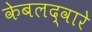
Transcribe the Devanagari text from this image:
केबलद्वारे